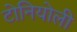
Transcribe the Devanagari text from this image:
टोनियोली